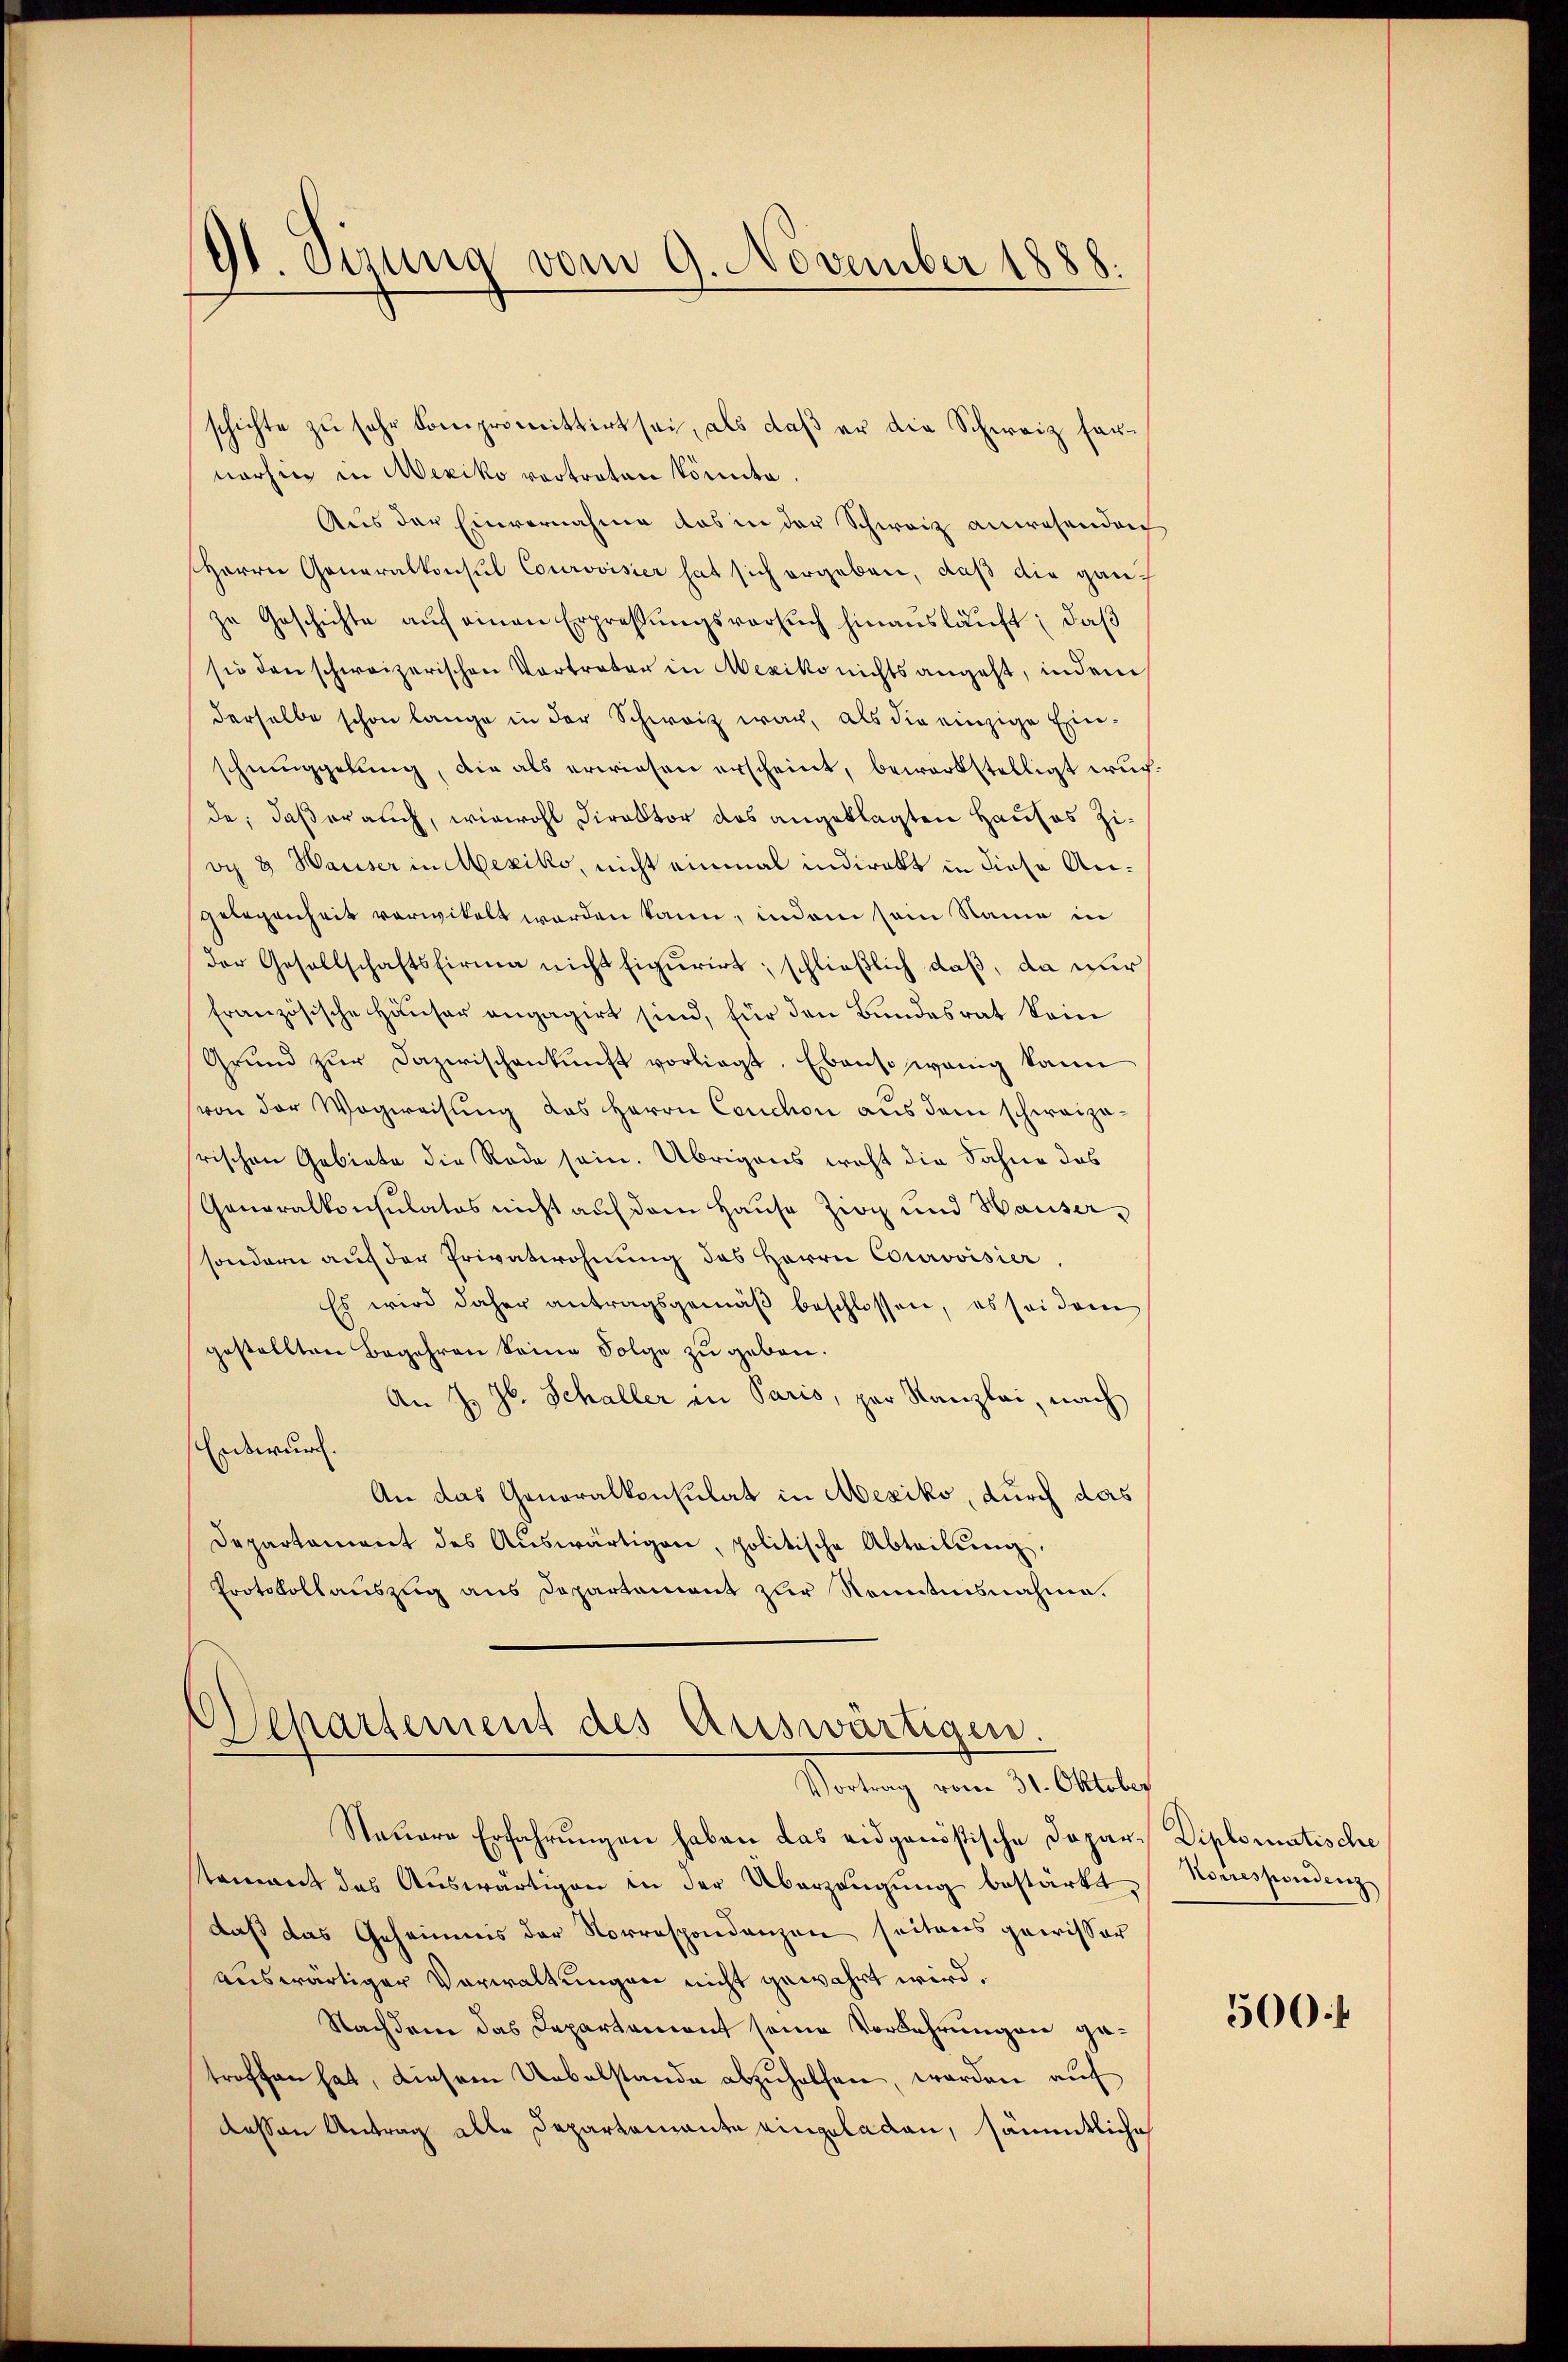
91. Sizung vom 9. November 1888.

schichte zu sehr kompromittirt sei, als daß er die Schweiz farnarhm in Mexiko vortraten könnte.
Aus der Einvernahme das in der Schweiz anwesenden
Herrn Generalkonsul Courovisier hat sich ergeben, daß die ganzu Geschichte aŭf einen Erpressŭngsversuch hinausläuft, daß
sie den schweizerischen Vortreter in Mexiko nichts angeht, indem
derselbe schon lange in der Schweiz war, als die einzige Einschmuggelung, die als erwiesen erscheint, bewerkstelligt wurde; daß er auch, wiewohl Direktor das angeklagten Hauses Zivy 8 Waiser in Mexiko, nicht einmal indirekt in diese Angelegenheit vorwikelt worden kann, indem sein Name in
der Gesellschaftsfirma nicht figurirt; schließlich daß, da nur
französische Häŭser engagirt sind, für den Bundesrat kein
Grŭnd zŭr dazwischenkunft vorliegt. Ebenso wenig kann
von der Wegweisŭng des Herrn Cenchon aus dem schweizerischen Gebiete die Rede sein. Übrigens wohl die Sahne das
Generalkonsulatos nicht auf dem Hause Ziog und Hauser,
sondern auf der Privatwohnung des Herrn Courovisier
Es wird daher antragsgemäβ beschlossen, es sei dem
gestellten Begehren keine Folge zu geben.
An J. Jb. Schaller in Paris, per Kanzlei, nach
Entwurf.
An das Generalkonsulat in Mexiko, durch das
Departament des Aŭswärtigen, politische Abteilŭng,
Protokollauszug aus Departement zur Sonntnisnahme.

Departement des Ariswärtigen.
Vortrag vom 31. Oktober

Stauere Erfahrŭngen haben das eidgenößische Depar¬
Namant des Auswärtigen in der Überzeugung bestärkt,
daß das Geheimnis der Norrespondenzen seitens gewisser
auswärtiger Verwaltungen nicht gewahrt wird.
Nachdem das Departement seine Vorkehrungen ge-
troffen hat, diesem Uebelstande abzŭholfen, worden auf
dessen Antrag alle Departemente eingeladen, sämmtliche

Diplomatische
Korrespondenz

500